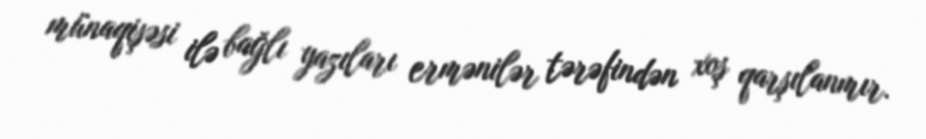
münaqişəsi ilə bağlı yazıları ermənilər tərəfindən xoş qarşılanmır.